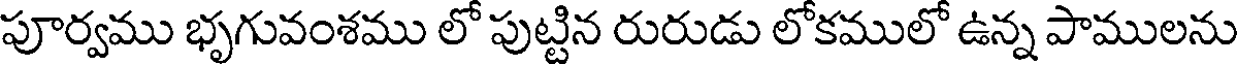
పూర్వము భృగువంశము లో పుట్టిన రురుడు లోకములో ఉన్న పాములను